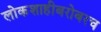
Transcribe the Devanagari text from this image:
लोकशाहीबरोबरच